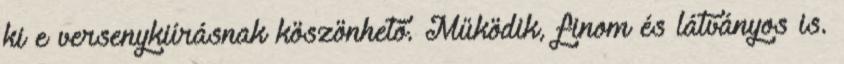
ki e versenykiírásnak köszönhető. Működik, finom és látványos is.